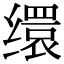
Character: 缳